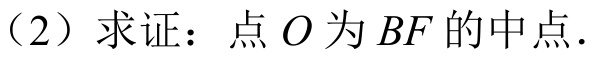
（2）求证：点\(O\)为\(BF\)的中点.